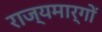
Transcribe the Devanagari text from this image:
राज्यमार्गों